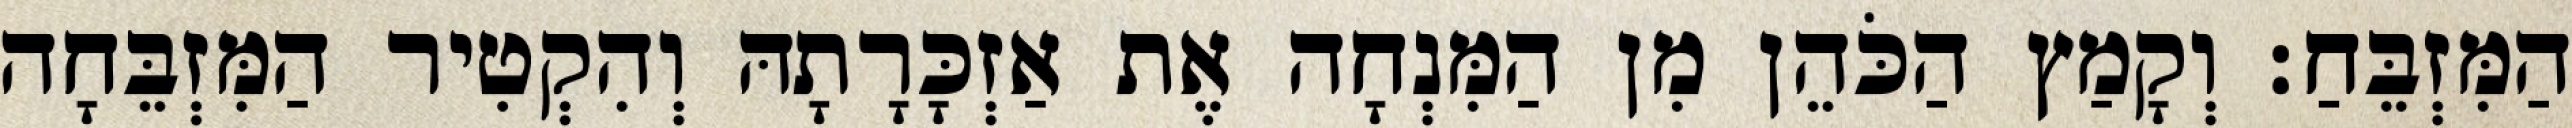
הַמִּזְבֵּחַ׃ וְקָמַץ הַכֹּהֵן מִן הַמִּנְחָה אֶת אַזְכָּרָתָהּ וְהִקְטִיר הַמִּזְבֵּחָה